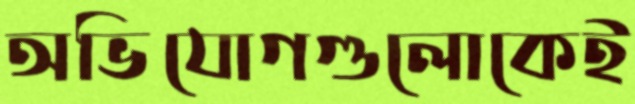
অভিযোগগুলোকেই